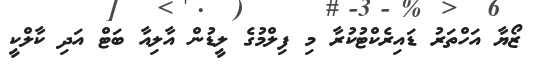
ޒޯޔާ އަހްތަރު ޑައިރެކްޓުކުރާ މި ފިލްމުގެ ލީޑުން އާލިއާ ބަޓް އަދި ކާލްކީ